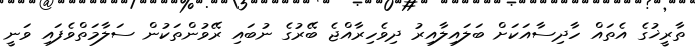
ތާރީޚުގެ އެތައް ހާދިސާއަކަށް ބަލައިލާއިރު ދިވެހިރާއްޖެ ބޭރުގެ ނުބައި ރޭވުންތަކުން ސަލާމަތްވެފައި ވަނީ